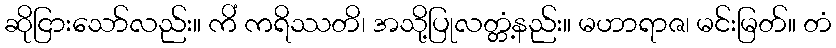
ဆိုငြားသော်လည်း။ ကိံ ကရိဿတိ၊ အသို့ပြုလတ္တံ့နည်း။ မဟာရာဇ၊ မင်းမြတ်။ တံ